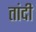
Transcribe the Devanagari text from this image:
तांदी